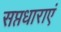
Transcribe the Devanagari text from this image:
सप्तधाराएं